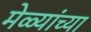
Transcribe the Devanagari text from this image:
मेळ्यांच्या